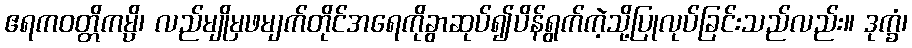
ဧရကဝတ္တိကမ္ပိ၊ လည်မျိုမှဖမျက်တိုင်အရေကိုခွာဆုပ်၍ပိန်ရွက်ကဲ့သို့ပြုလုပ်ခြင်းသည်လည်း။ ဒုက္ခံ၊